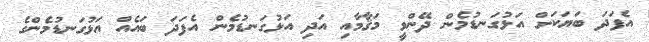
އެފަދަ ބަޔަކަށް އަޅުގަނޑުމެން ދޭންވީ މަޤާމާއި އަދި އަޅުގަނޑުމެން އެފަދަ ބައެއް އަޅުގަނޑުމެންގެ